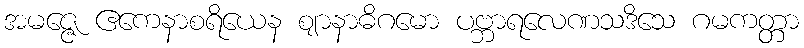
အမဇ္ဇေ ဧကေနာစရိယေန ဈာနာဓိဂမော ပဗ္ဘာရလေဏသဒိသေ ဂမကတ္တာ